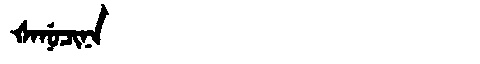
Manchu: ᡧᠠᠨᡠᠴᡳᠨᠠ
Romanization: ŠANUCINA